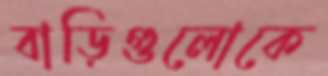
বাড়িগুলোকে